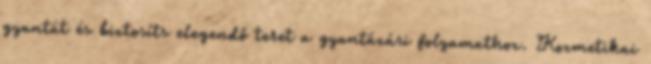
gyantát és biztosíts elegendő teret a gyantázási folyamathoz. Kozmetikai